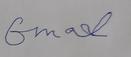
Signature authenticity: forged